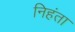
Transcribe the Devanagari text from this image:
निहंता